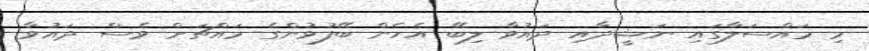
މި މައްސަލާގައި ނަޝީދާއި ދައުވާ ލިބޭ އެހެން ބޭފުޅުންގެ މައްޗަށް ވެސް ދައުވާ